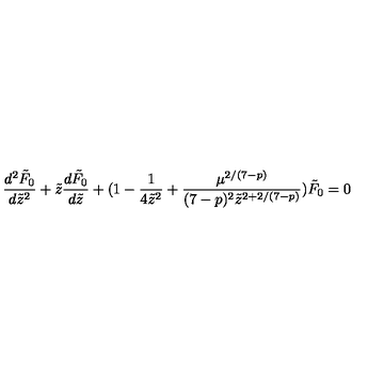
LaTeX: \frac { d ^ { 2 } \tilde { F } _ { 0 } } { d \tilde { z } ^ { 2 } } + \tilde { z } \frac { d \tilde { F } _ { 0 } } { d \tilde { z } } + ( 1 - \frac { 1 } { 4 \tilde { z } ^ { 2 } } + \frac { \mu ^ { 2 / ( 7 - p ) } } { ( 7 - p ) ^ { 2 } \tilde { z } ^ { 2 + 2 / ( 7 - p ) } } ) \tilde { F } _ { 0 } = 0